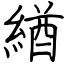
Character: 緧